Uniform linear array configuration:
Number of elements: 8
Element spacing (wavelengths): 1
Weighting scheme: blackman
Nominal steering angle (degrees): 0
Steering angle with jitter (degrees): -1.832
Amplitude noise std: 0.05
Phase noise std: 0.05

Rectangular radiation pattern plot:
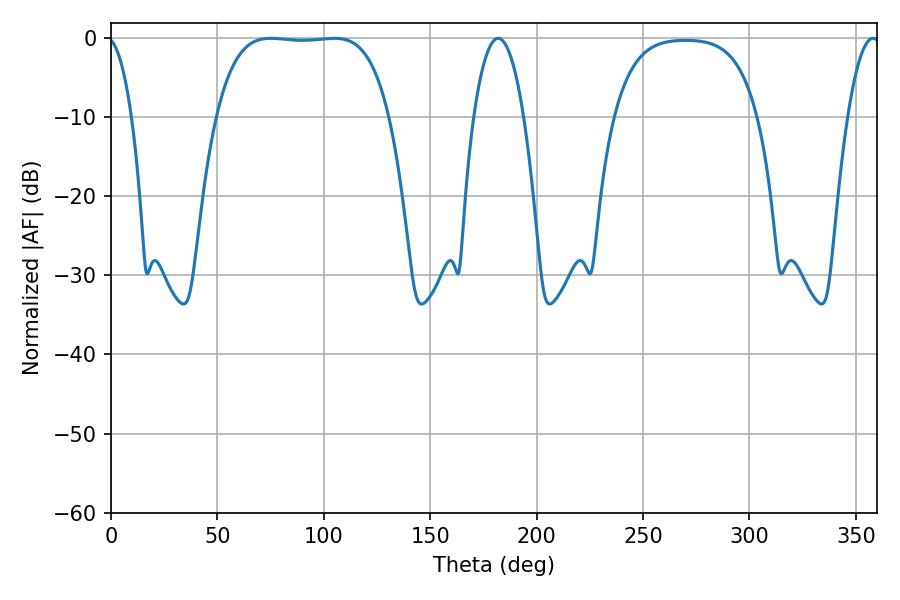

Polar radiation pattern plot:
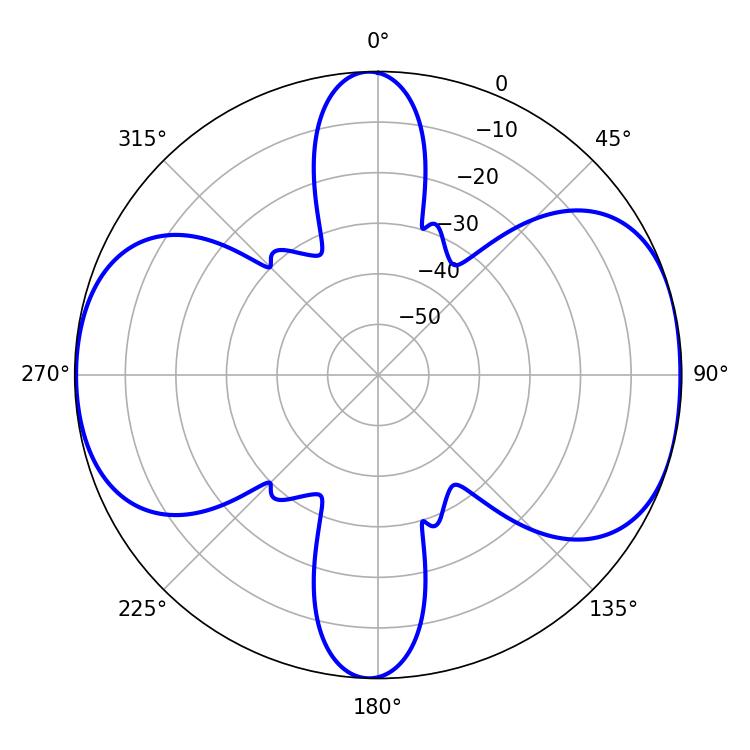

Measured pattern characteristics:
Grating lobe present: TRUE
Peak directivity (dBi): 8.663
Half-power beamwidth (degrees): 63.36
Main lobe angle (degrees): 75.06